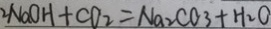
2 N a O H + C O _ { 2 } = N a _ { 2 } C O _ { 3 } + H _ { 2 } O